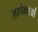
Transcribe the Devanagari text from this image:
आपेक्षाओं